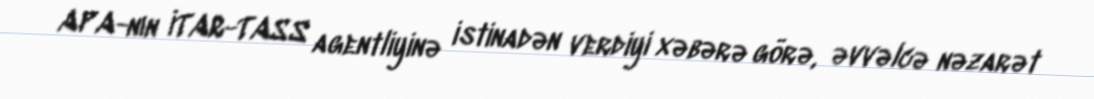
APA-nın İTAR-TASS agentliyinə istinadən verdiyi xəbərə görə, əvvəlcə nəzarət